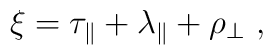
\xi = \tau_\parallel + \lambda_\parallel + \rho_\perp~,